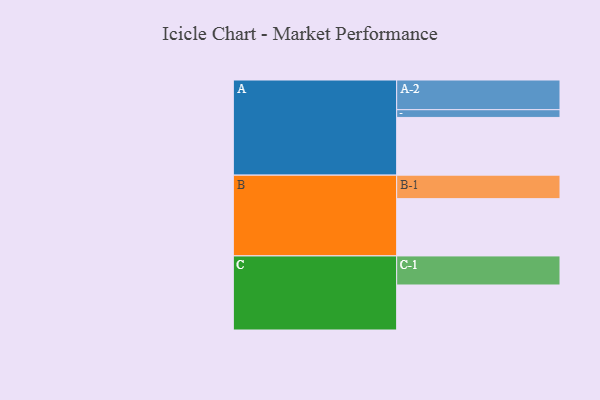
{"axis": {"x": "Segment", "y": "Value"}, "legend": ["", "A", "B", "C"], "data": [{"x": "A", "y": 550, "type": ""}, {"x": "B", "y": 546, "type": ""}, {"x": "C", "y": 429, "type": ""}, {"x": "A-1", "y": 74, "type": "A"}, {"x": "A-2", "y": 283, "type": "A"}, {"x": "B-1", "y": 224, "type": "B"}, {"x": "C-1", "y": 277, "type": "C"}]}